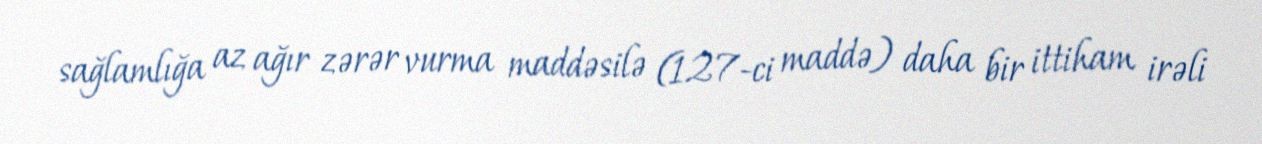
sağlamlığa az ağır zərər vurma maddəsilə (127-ci maddə) daha bir ittiham irəli